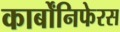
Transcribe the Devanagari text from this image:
कार्बोंनिफेरस